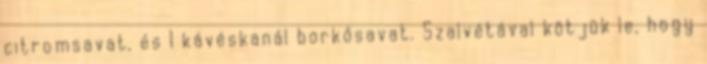
citromsavat, és 1 kávéskanál borkősavat. Szalvétával kötjük le, hogy